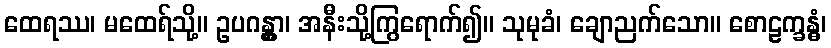
ထေရဿ၊ မထေရ်သို့။ ဥပဂန္တွာ၊ အနီးသို့ကြွရောက်၍။ သုမုခံ၊ ချောညက်သော။ စောဠက္ခန္ဓံ၊